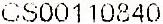
CS00110840